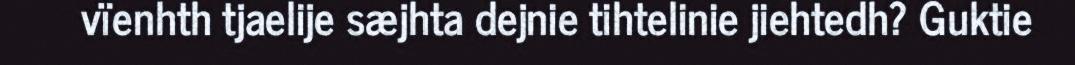
vïenhth tjaelije sæjhta dejnie tihtelinie jiehtedh? Guktie